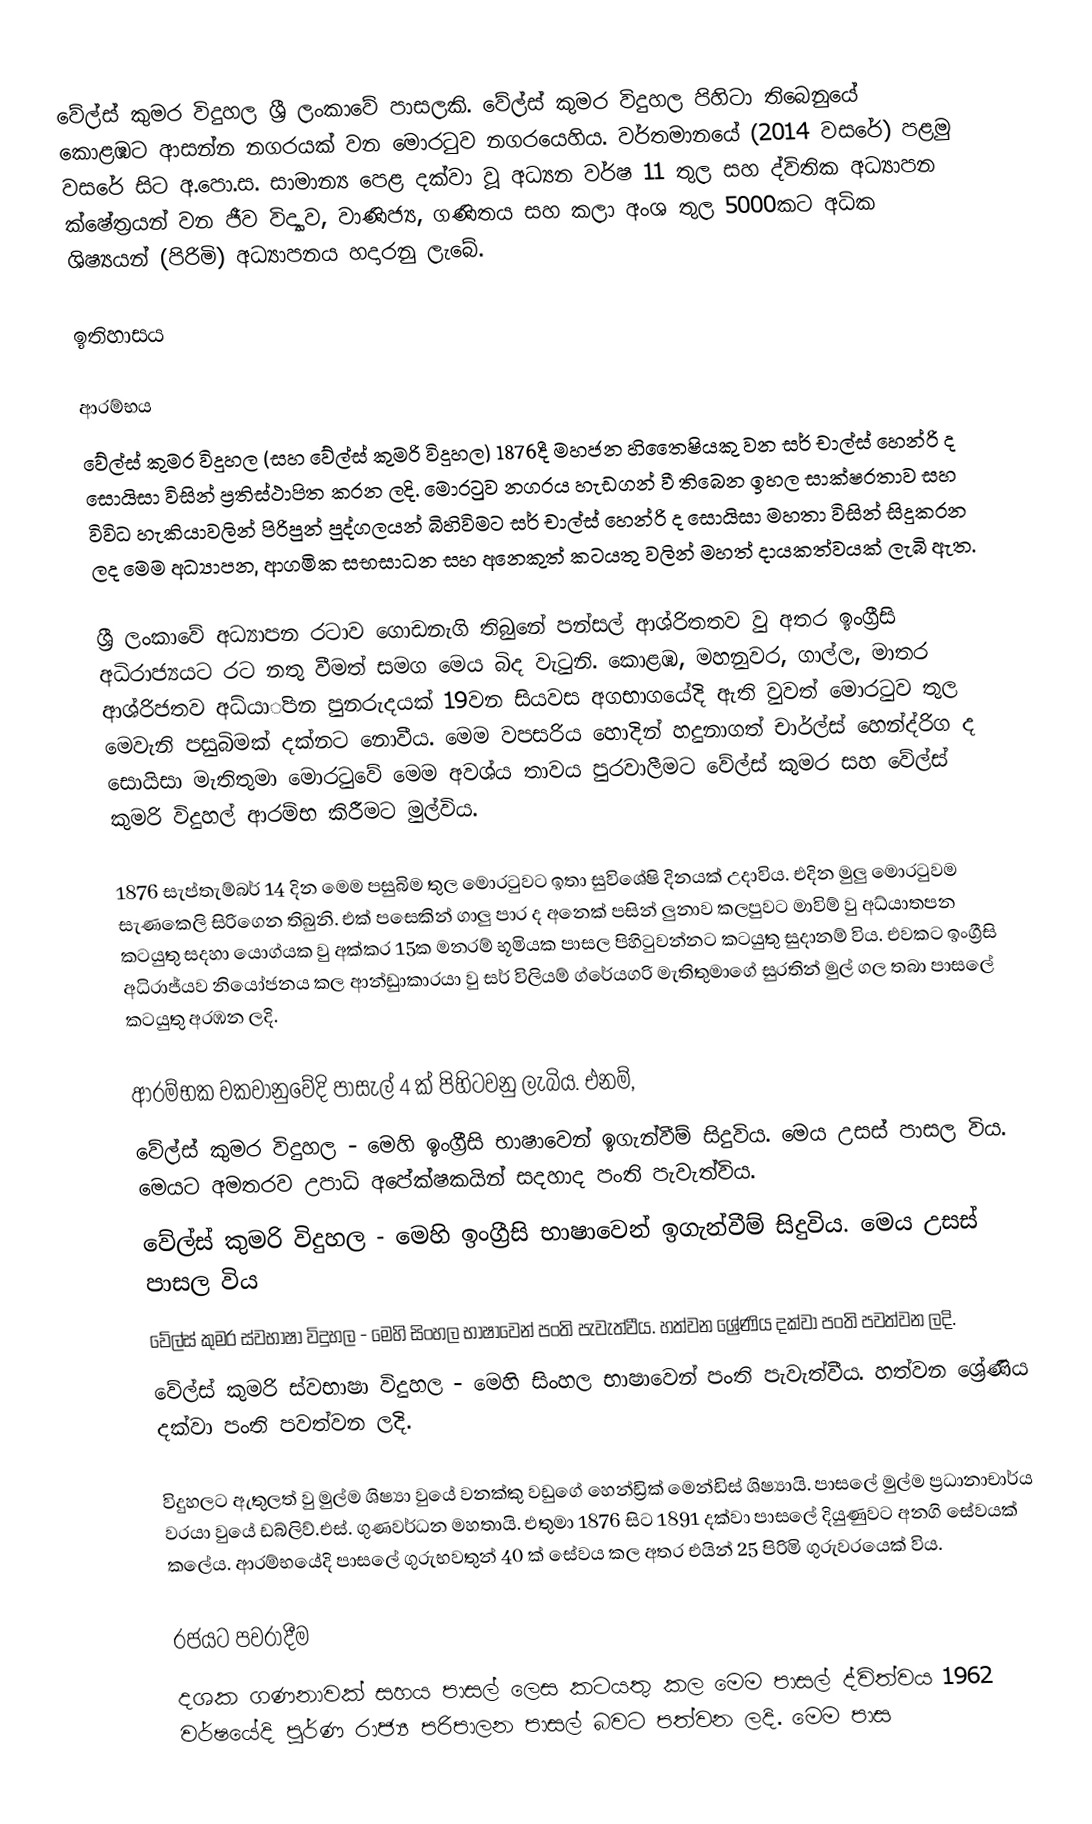
වේල්ස් කුමර විදුහල  ශ්‍රී ලංකාවේ පාසලකි. වේල්ස් කුමර විදුහල පිහිටා තිබෙනුයේ කොළඹට ආසන්න නගරයක් වන මොරටුව නගරයෙහිය.  වර්තමානයේ (2014 වසරේ) පළමු වසරේ සිට අ.පො.ස. සාමාන්‍ය පෙළ දක්වා වූ අධ්‍යන වර්ෂ 11 තුල  සහ ද්විතික අධ්‍යාපන ක්ෂේත්‍රයන් වන ජීව විද්‍යාව, වාණිජ්‍ය, ගණිතය සහ කලා අංශ තුල 5000කට අධික  ශිෂ්‍යයන් (පිරිමි) අධ්‍යාපනය හදාරනු ලැබේ.

ඉතිහාසය

ආරම්භය
වේල්ස් කුමර විදුහල (සහ වේල්ස් කුමරි විදුහල) 1876දී මහජන හිතෛෂියකු වන සර් චාල්ස් හෙන්රි ද සොයිසා විසින් ප්‍රතිස්ථාපිත කරන ලදි. මොරටුව නගරය හැඩගන් වී තිබෙන ඉහල සාක්ෂරතාව සහ විවිධ  හැකියාවලින් පිරිපුන් පුද්ගලයන් බිහිවිමට සර් චාල්ස් හෙන්රි ද සොයිසා මහතා විසින් සිදුකරන ලද මෙම අධ්‍යාපන, ආගමික සභසාධන සහ අනෙකුත් කටයතු වලින් මහත් දායකත්වයක් ලැබි ඇත.

ශ්‍රී ලංකා‍වේ අධ්‍යාපන රටාව ගොඩනැගි තිබුනේ පන්සල් ආශ්රිතතව වු අතර ඉංග්‍රීසි අධිරාජ්‍යයට රට නතු වීමත් සමග මෙය බිද වැටුනි. කොළඹ, මහනුවර, ගාල්ල, මාතර ආශ්රිජතව අධ්යාිපන පුනරුදයක් 19වන සියවස අගභාගයේදි ඇති වුවත් මොරටුව තුල මෙවැනි පසුබිමක් දක්නට නොවීය. මෙම වපසරිය හොදින් හදුනාගත් චාර්ල්ස් හෙන්ද්රිග ද සොයිසා මැතිතුමා මොරටුවේ මෙම අවශ්ය තාවය  පුරවාලීමට වේල්ස් කුමර සහ වේල්ස් කුමරි විදුහල් ආරම්භ කිරීම‍ට මුල්විය‍.

1876 සැප්තැම්බර් 14 දින මෙම පසුබිම තුල මොරටුවට ඉතා සුවිශේෂි දිනයක් උදාවිය. එදින මුලු මොරටුවම සැණකෙලි සිරිගෙන තිබුනි. එක් පසෙකින් ගාලු පාර ද අනෙක් පසින් ලුනාව කලපුවට මාවිම් වු අධ්යාතපන කටයුතු සදහා යොග්යක වු අක්කර 15ක මනරම් භූමියක පාසල පිහිටුවන්නට කටයුතු සුදානම් විය. එවකට ඉංග්‍රීසි අධිරා‍ජ්යව නියෝජනය කල ආන්ඩුාකාරයා වු සර් විලියම් ග්රේයගරි මැතිතුමාගේ සුරතින් මුල් ගල තබා පාසලේ කටයුතු අරඹන ලදි.

ආරම්භක වකවානුවේදි පාසැල් 4 ක් පිහි‍ටවනු ලැබිය. එනම්,
වේල්ස් කුමර විදුහල - මෙහි ඉංග්‍රීසි භාෂාවෙන් ඉගැන්වීම් සිදුවිය. මෙය උසස් පාසල විය. මෙය‍ට අමතරව උපාධි අපේක්ෂකයින් සදහාද පංති පැවැත්විය.
වේල්ස් කුමරි විදුහල - මෙහි ඉංග්‍රීසි භාෂාවෙන් ඉගැන්වීම් සිදුවිය. මෙය උසස් පාසල විය
වේල්ස් කුමර ස්වභාෂා විදුහල - මෙහි සිංහල භාෂාවෙන් පංති පැවැත්වීය. හත්වන ‍ශ්‍රේණිය දක්වා පංති පවත්වන ලදි.
වේල්ස් කුමරි ස්වභාෂා විදුහල - මෙහි සිංහල භාෂාවෙන් පංති පැවැත්වීය. හත්වන ශ්‍රේණිය දක්වා පංති පවත්වන ලදි.

විදුහල‍ට ඇතුලත් වු මුල්ම ශිෂ්‍යා වු‍යේ වනක්කු වඩුගේ හෙන්ඩ්‍රික් මෙන්ඩිස් ශිෂ්‍යායි. පාසලේ මුල්ම ප්‍රධානාචාර්ය වරයා වු‍යේ ඩබ්ලිව්.එස්. ගුණවර්ධන මහතායි. එතුමා  1876 සිට 1891 දක්වා පාසලේ දියුණුවට අනගි සේවයක් කලේය. ආරම්භයේදි  පාසලේ ගුරුභවතුන් 40 ක් සේවය කල අතර එයින් 25 පිරිමි ගුරුවර‍යෙක් විය.

රජයට පවරාදීම
දශක ගණනාවක් සහය පාසල් ලෙස කටයතු කල මෙම පාසල් ද්විත්වය 1962 වර්ෂයේදි පුර්ණ රාජ්‍ය පරිපාලන පාසල් බවට පත්වන ලදි. මෙම පාස